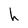
Character: h